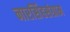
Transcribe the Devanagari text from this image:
नारसिंहसंग्राम